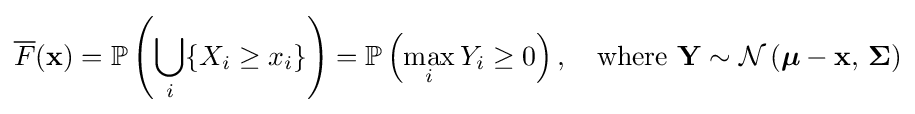
{\overline {F}}(\mathbf {x} )=\mathbb {P} \left(\bigcup _{i}\{X_{i}\geq x_{i}\}\right)=\mathbb {P} \left(\max _{i}Y_{i}\geq 0\right),\quad {\text{where }}\mathbf {Y} \sim {\mathcal {N}}\left({\boldsymbol {\mu }}-\mathbf {x} ,\,{\boldsymbol {\Sigma }}\right)